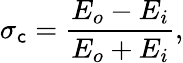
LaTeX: \sigma_{\mathsf{c}}=\frac{{E_{o}-E_{i}}}{{E_{o}+E_{i}}},